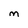
Character: M